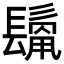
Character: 𩮊